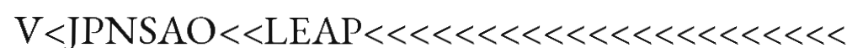
V<JPNSAO<<LEAP<<<<<<<<<<<<<<<<<<<<<<